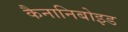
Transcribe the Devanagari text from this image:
कैनानिबोइड